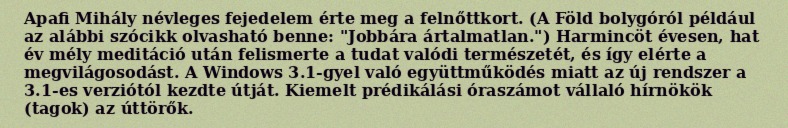
Apafi Mihály névleges fejedelem érte meg a felnőttkort. (A Föld bolygóról például az alábbi szócikk olvasható benne: "Jobbára ártalmatlan.") Harmincöt évesen, hat év mély meditáció után felismerte a tudat valódi természetét, és így elérte a megvilágosodást. A Windows 3.1-gyel való együttműködés miatt az új rendszer a 3.1-es verziótól kezdte útját. Kiemelt prédikálási óraszámot vállaló hírnökök (tagok) az úttörők.